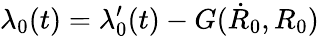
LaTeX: \lambda_{0}(t)=\lambda_{0}^{\prime}(t)-G(\dot{R}_{0},R_{0})